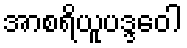
အာစရိယူပဒ္ဒဝေါ